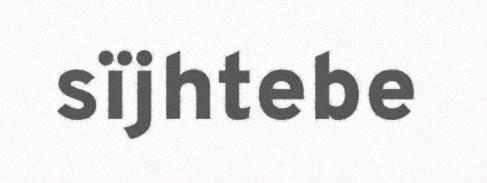
sïjhtebe